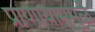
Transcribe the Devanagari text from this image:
प्राणायाममुळे